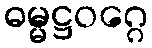
ဓမ္မဋ္ဌဝဂ္ဂေ